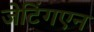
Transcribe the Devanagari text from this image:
जेटिंगएन